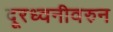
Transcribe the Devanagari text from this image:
दूरध्वनीवरुन